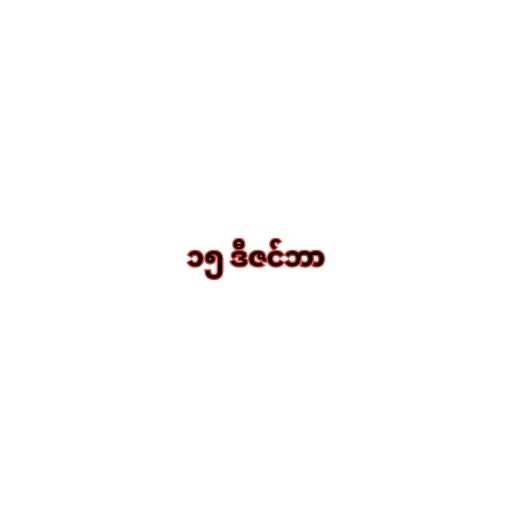
၁၅ ဒီဇင်ဘာ